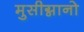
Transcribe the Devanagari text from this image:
मुसीग्नानो